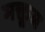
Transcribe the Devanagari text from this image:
मक्तूब